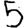
Digit: 5